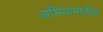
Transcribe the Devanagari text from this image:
अभियानातील